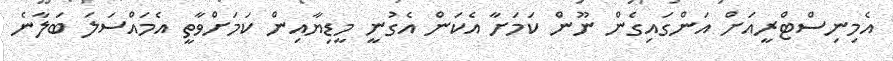
އެމިނިސްޓްރީއަށް އަންގައިގެން ނޫން ކަމަށާ އެކަން އެގުނީ މީޑިޔާއިން ކަމަށްވާތީ އެމައްސަލަ ބަލާނެ